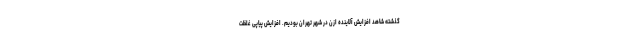
گذشته شاهد افزایش آلاینده ازن در شهر تهران بودیم. افزایش پیاپی غلظت